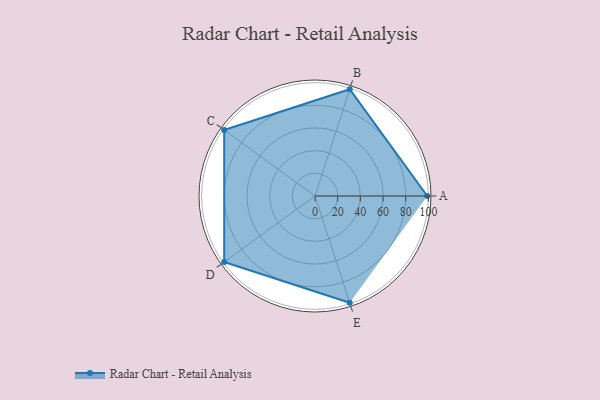
{"axis": {"x": "Skill", "y": "Score"}, "legend": ["Profile"], "data": [{"x": "A", "y": 99, "type": "Profile"}, {"x": "B", "y": 99, "type": "Profile"}, {"x": "C", "y": 99, "type": "Profile"}, {"x": "D", "y": 99, "type": "Profile"}, {"x": "E", "y": 99, "type": "Profile"}]}